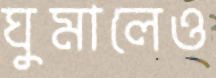
ঘুমালেও